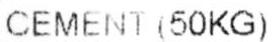
CEMENT (50KG)